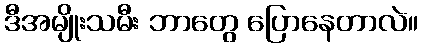
ဒီအမျိုးသမီး ဘာတွေ ပြောနေတာလဲ။